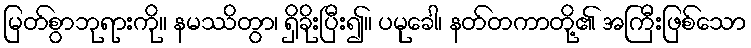
မြတ်စွာဘုရားကို။ နမဿိတွာ၊ ရှိခိုးပြီး၍။ ပမုခေါ၊ နတ်တကာတို့၏ အကြီးဖြစ်သော